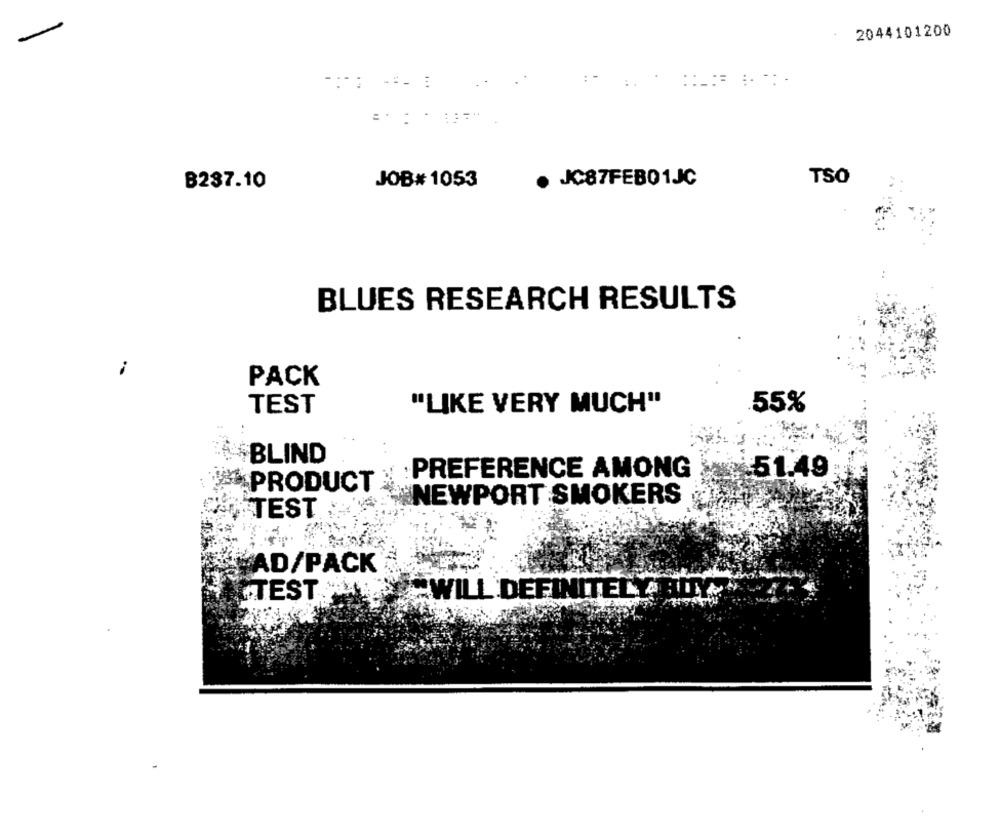
2044101200
-: : === =
JOB# 1053
· JC87FEB01JC
TSO
B237.10
BLUES RESEARCH RESULTS
PACK
TEST
"LIKE VERY MUCH"
55%
BLIND
:PREFERENCE AMONG
51.49
PRODUCT
NEWPORT SMOKERS
TEST
AD/PACK
TEST "H
WILL DEFINITELY RITYS